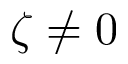
\zeta \neq 0